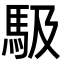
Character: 馺